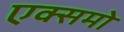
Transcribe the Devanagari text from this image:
एक्समो